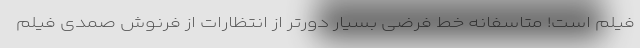
فیلم است! متاسفانه خط فرضی بسیار دورتر از انتظارات از فرنوش صمدی فیلم